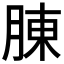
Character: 腖